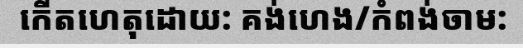
កើតហេតុដោយ: គង់ហេង/កំពង់ចាម: